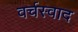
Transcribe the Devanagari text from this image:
वर्चस्वाद